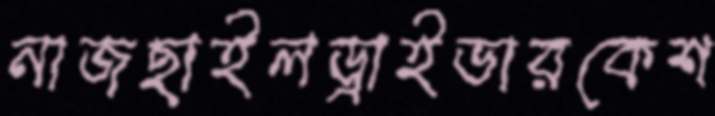
নাজছাইলড্রাইভারকেশ